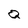
Character: q